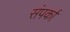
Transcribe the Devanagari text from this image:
संपर्का